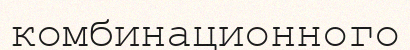
комбинационного